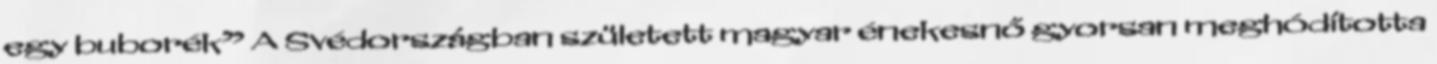
egy buborék” A Svédországban született magyar énekesnő gyorsan meghódította